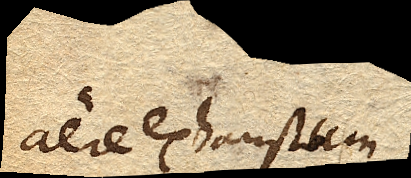
aere exhaustum